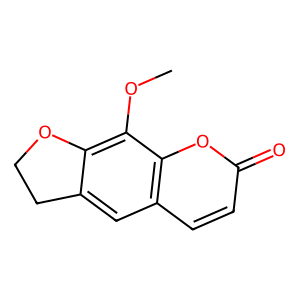
SMILES: COc1c2c(cc3ccc(=O)oc13)CCO2
Inhibits HIV replication: No